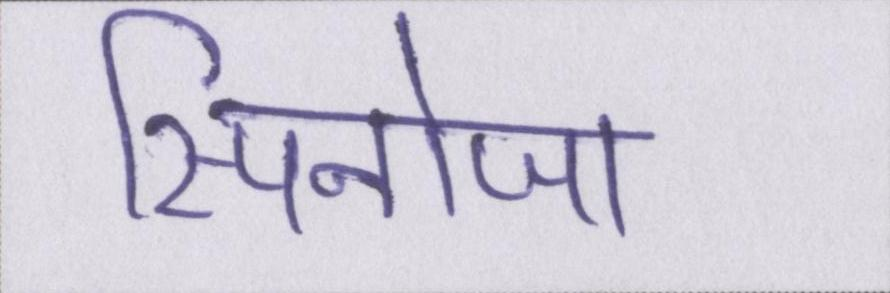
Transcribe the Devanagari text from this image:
स्पिनोजा